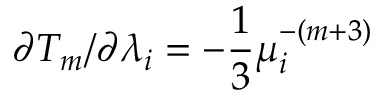
\partial T _ { m } / \partial \lambda _ { i } = - \frac { 1 } { 3 } \mu _ { i } ^ { - ( m + 3 ) }